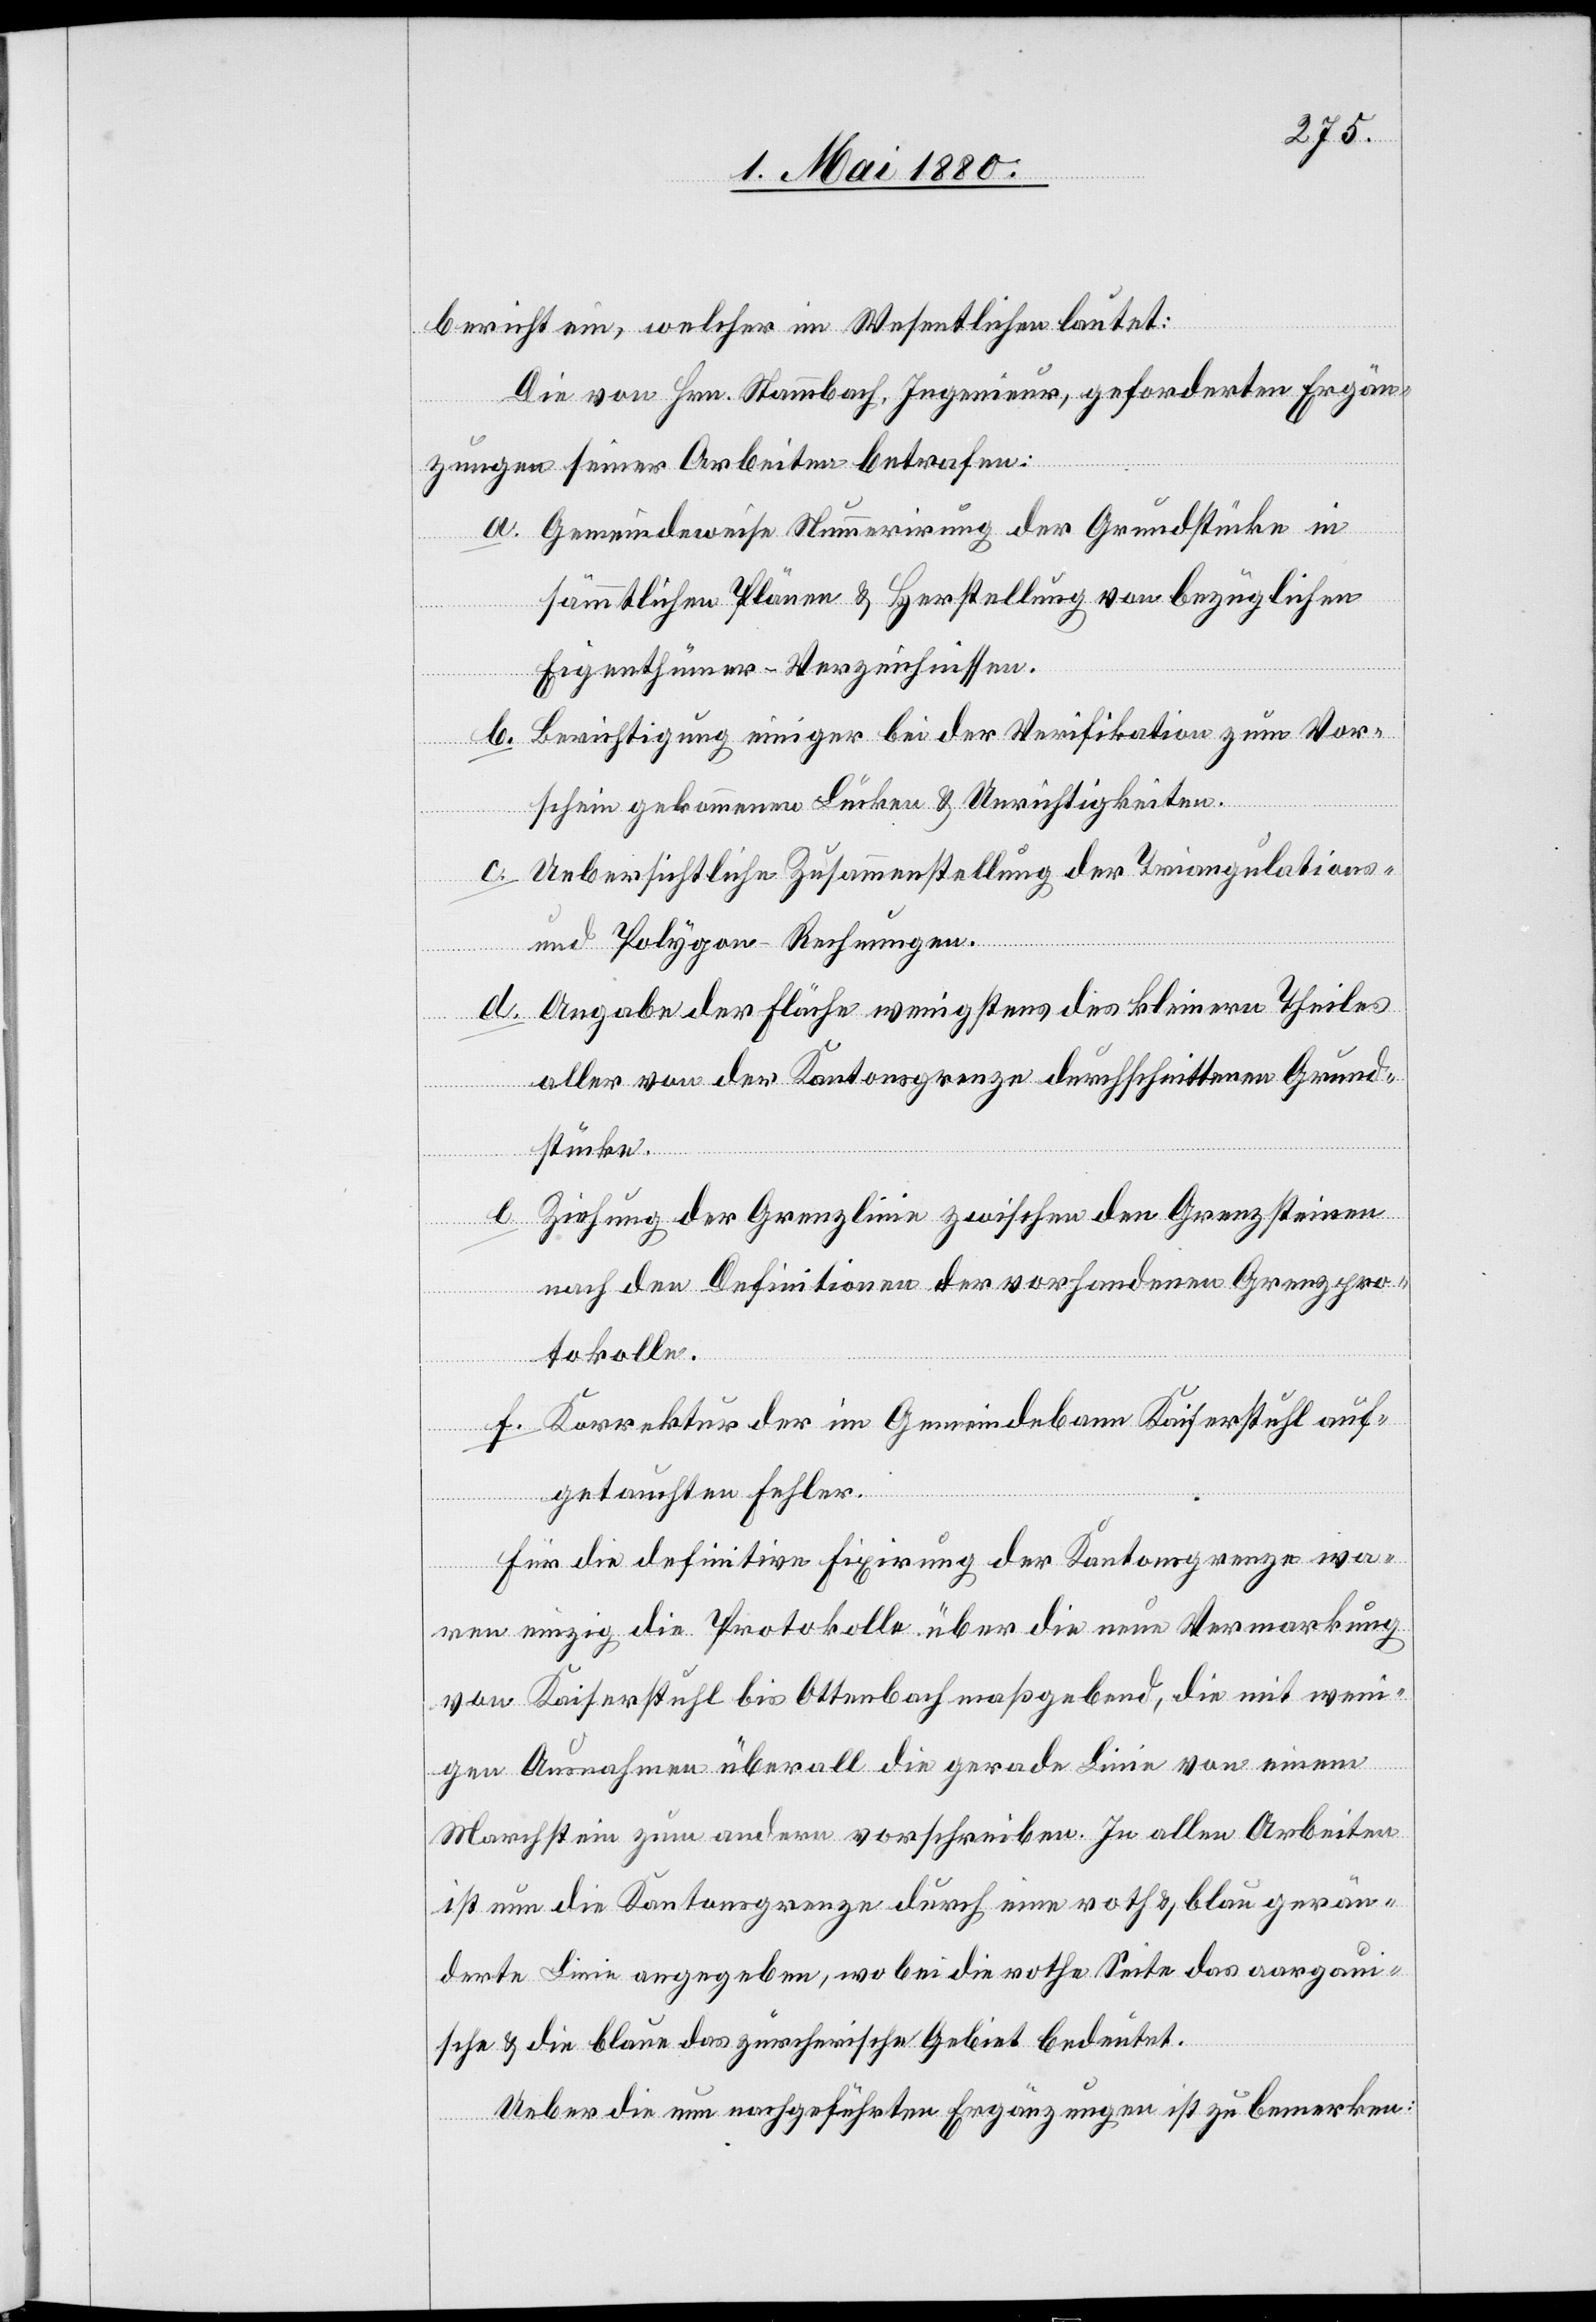
bericht ein, welcher im Wesentlichen lautet:
Die von Hrn. Stammbach, Ingenieur, geforderten Ergän¬
zungen seiner Arbeiten betrafen:
a. Gemeindeweise Nummerirung der Grundstücke in
sämmtlichen Plänen & Herstellung von bezüglichen
Eigenthümer-Verzeichnissen.
b. Berichtigung einiger bei der Verifikation zum Vor¬
schein gekommenen Lücken & Unrichtigkeiten.
c. Uebersichtliche Zusammenstellung der Triangulations-
und Polygon-Rechnungen.
d. Angabe der Fläche wenigstens des kleinern Theiles
aller von der Kantonsgrenze durchschnittenen Grund¬
stücke.
e. Ziehung der Grenzlinie zwischen den Grenzsteinen
nach den Definitionen der vorhandenen Grenzpro¬
tokolle.
f. Korrektur der im Gemeindebann Kaiserstuhl auf¬
getauchten Fehler.
Für die definitive Fixirung der Kantonsgrenze wa¬
ren einzig die Protokolle über die neue Vermarkung
von Kaiserstuhl bis Ottenbach maßgebend, die mit wen¬
igen Ausnahmen überall die gerade Linie von einem
Marchstein zum andern vorschreiben. In allen Arbeiten
ist nun die Kantonsgrenze durch eine roth & blau gerän¬
derte Linie angegeben, wobei die rothe Seite das aargaui¬
sche & die blaue das zürcherische Gebiet bedeutet.
Ueber die nun nachgeführten Ergänzungen ist zu bemerken: